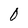
Character: 0